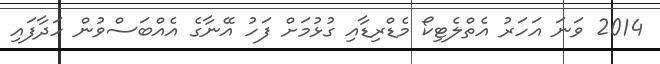
2014 ވަނަ އަހަރު އެތްލެޓިކޯ މެޑްރިޑާއި ގުޅުމަށް ފަހު އޭނާގެ އެއްބަސްވުން ހަދާފައި